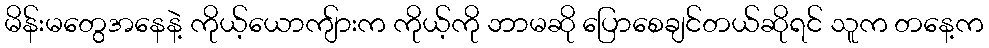
မိန်းမတွေအနေနဲ့ ကိုယ့်ယောကျ်ားက ကိုယ့်ကို ဘာမဆို ပြောစေချင်တယ်ဆိုရင် သူက တနေ့က